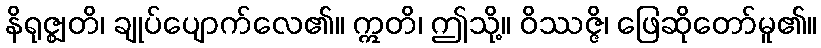
နိရုဇ္ဈတိ၊ ချုပ်ပျောက်လေ၏။ ဣတိ၊ ဤသို့။ ဝိဿဇ္ဇိ၊ ဖြေဆိုတော်မူ၏။